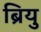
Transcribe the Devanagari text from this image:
ब्रियु